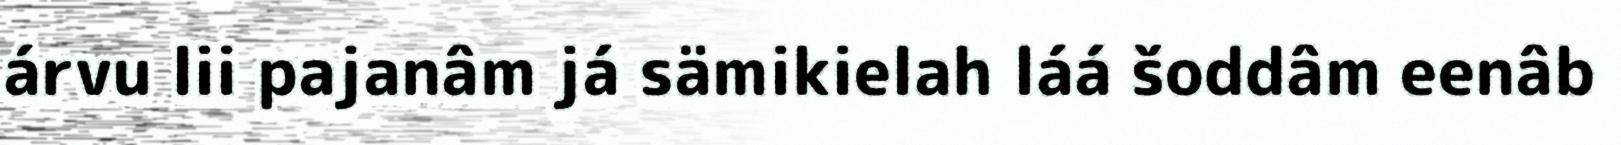
árvu lii pajanâm já sämikielah láá šoddâm eenâb